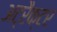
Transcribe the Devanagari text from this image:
अट्रैक्टर